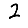
Digit: 2